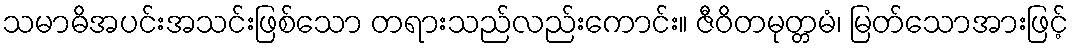
သမာဓိအပင်းအသင်းဖြစ်သော တရားသည်လည်းကောင်း။ ဇီဝိတမုတ္တမံ၊ မြတ်သောအားဖြင့်